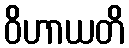
ဝိဟာယတိ